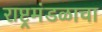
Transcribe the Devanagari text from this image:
राष्ट्रमंडळाचा